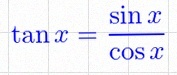
\tan x=\frac{\sin x}{\cos x}